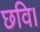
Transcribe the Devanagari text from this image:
छवि।